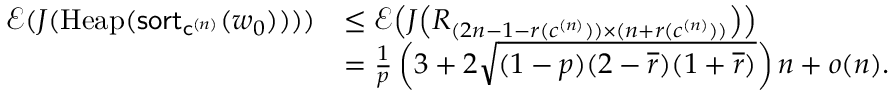
\begin{array} { r l } { \mathcal E ( J ( \mathrm { H e a p } ( \mathsf { s o r t } _ { \mathsf { c } ^ { ( n ) } } ( w _ { 0 } ) ) ) ) } & { \leq \mathcal E \! \left( J \! \left( R _ { ( 2 n - 1 - r ( c ^ { ( n ) } ) ) \times ( n + r ( c ^ { ( n ) } ) ) } \right) \right) } \\ & { = \frac { 1 } { p } \left( 3 + 2 \sqrt { ( 1 - p ) ( 2 - \overline { r } ) ( 1 + \overline { { r } } ) } \right) n + o ( n ) . } \end{array}